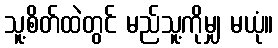
သူ့စိတ်ထဲတွင် မည်သူ့ကိုမျှ မယုံ။